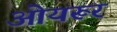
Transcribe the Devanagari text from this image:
ओयरूर